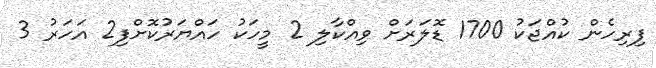
ފިރިހެން ކުއްޖަކު 1700 ޑޮލަރަށް ވިއްކާލި 2 މީހަކު ހައްޔަރުކޮށްފި2 އަހަރު 3